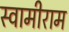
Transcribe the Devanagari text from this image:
स्वामीराम